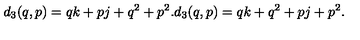
d _ { 3 } ( q , p ) = q k + p j + q ^ { 2 } + p ^ { 2 } . d _ { 3 } ( q , p ) = q k + q ^ { 2 } + p j + p ^ { 2 } .